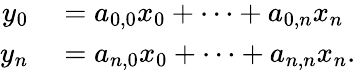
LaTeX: \begin{array}{rl}{y_{0}}&{{}=a_{0,0}x_{0}+\dots+a_{0,n}x_{n}}\\ {y_{n}}&{{}=a_{n,0}x_{0}+\dots+a_{n,n}x_{n}.}\end{array}